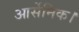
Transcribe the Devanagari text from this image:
आर्सेनिक।